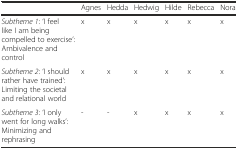
<table><thead><tr><td></td><td><b>Agnes</b></td><td><b>Hedda</b></td><td><b>Hedwig</b></td><td><b>Hilde</b></td><td><b>Rebecca</b></td><td><b>Nora</b></td></tr></thead><tbody><tr><td><i>Subtheme 1</i>: ‘I feel like I am being compelled to exercise’: Ambivalence and control</td><td>x</td><td>x</td><td>x</td><td>x</td><td>x</td><td>x</td></tr><tr><td><i>Subtheme 2</i>: ‘I should rather have trained’: Limiting the societal and relational world</td><td>x</td><td>x</td><td>x</td><td>x</td><td>x</td><td>x</td></tr><tr><td><i>Subtheme 3</i>: ‘I only went for long walks’: Minimizing and rephrasing</td><td>-</td><td>-</td><td>x</td><td>x</td><td>x</td><td>x</td></tr></tbody></table>